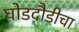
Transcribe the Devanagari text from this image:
घोडदौडीचा